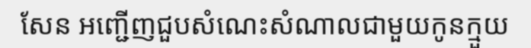
សែន អញ្ជើញជួបសំណេះសំណាលជាមួយកូនក្មួយ